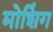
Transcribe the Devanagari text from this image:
मोशिंग